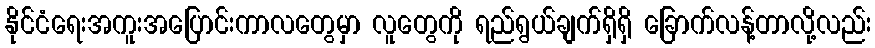
နိုင်ငံရေးအကူးအပြောင်းကာလတွေမှာ လူတွေကို ရည်ရွယ်ချက်ရှိရှိ ခြောက်လန့်တာလို့လည်း